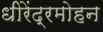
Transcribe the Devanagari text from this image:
धीरेंद्रमोहन